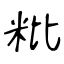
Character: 粃